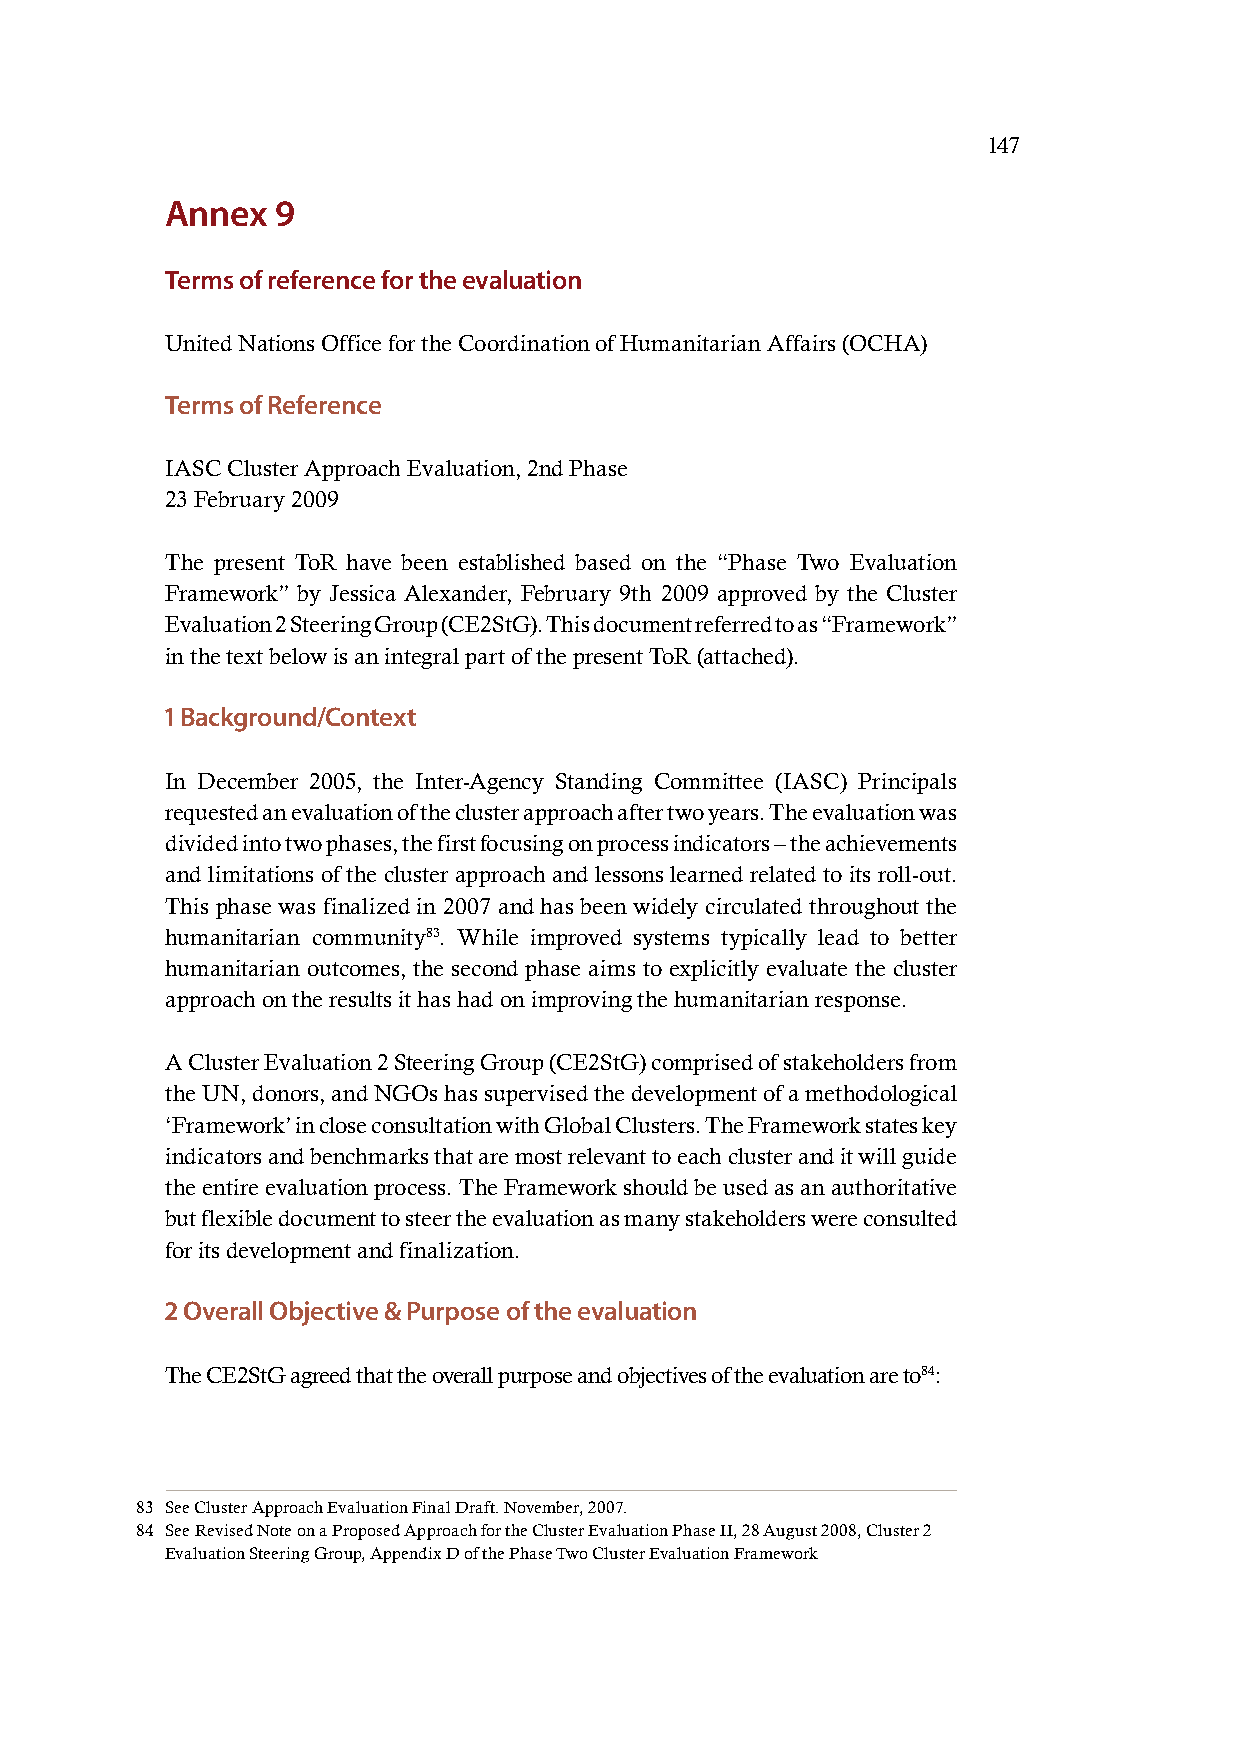
147
 Annex  9
 Terms of reference for the evaluation
 United Nations Office for the Coordination of Humanitarian Affairs (OCHA)
 Terms of Reference
 IASC Cluster Approach Evaluation, 2nd Phase
 23 February 2009
 The present ToR have been established based on the “Phase Two Evaluation
 Framework” by Jessica Alexander, February 9th 2009 approved by the Cluster
 Evaluation 2 Steering Group (CE2StG). This document referred to as “Framework”
 in the text below is an integral part of the present ToR (attached).
 1 Background/Context
 In December 2005, the Inter-Agency Standing Committee (IASC) Principals
 requested an evaluation of the cluster approach after two years. The evaluation was
 divided into two phases, the first focusing on process indicators – the achievements
 and limitations of the cluster approach and lessons learned related to its roll-out.
 This phase was finalized in 2007 and has been widely circulated throughout the
 humanitarian community83. While improved systems typically lead to better
 humanitarian outcomes, the second phase aims to explicitly evaluate the cluster
 approach on the results it has had on improving the humanitarian response.
 A Cluster Evaluation 2 Steering Group (CE2StG) comprised of stakeholders from
 the UN, donors, and NGOs has supervised the development of a methodological
 ‘Framework’ in close consultation with Global Clusters. The Framework states key
 indicators and benchmarks that are most relevant to each cluster and it will guide
 the entire evaluation process. The Framework should be used as an authoritative
 but flexible document to steer the evaluation as many stakeholders were consulted
 for its development and finalization.
 2 Overall Objective & Purpose of the evaluation
 The CE2StG agreed that the overall purpose and objectives of the evaluation are to84:
 83 See Cluster Approach Evaluation Final Draft. November, 2007.
 84 See Revised Note on a Proposed Approach for the Cluster Evaluation Phase II, 28 August 2008, Cluster 2
 Evaluation Steering Group, Appendix D of the Phase Two Cluster Evaluation Framework